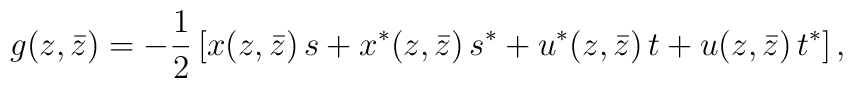
g(z,\bar z)=-\frac{1}{2}\left[x(z,\bar z)\,s+x^*(z,\bar z)\,s^*+u^*(z,\bar z)\,t+u(z,\bar z)\,t^*\right],